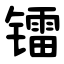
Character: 镭